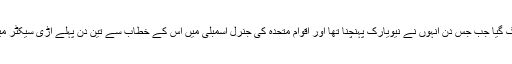
نوازشریف کے دورہ امریکہ کو گرہن اس وقت لگ گیا جب جس دن انہوں نے نیویارک پہنچنا تھا اور اقوام متحدہ کی جنرل اسمبلی میں اس کے خطاب سے تین دن پہلے اڑی سیکٹر میں بھارتی فوجی کیمپ پر دھشت گرد حملہ ھوگیا۔